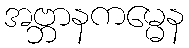
အဗ္ဘာနကမ္မေန